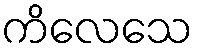
ကိလေသေ